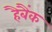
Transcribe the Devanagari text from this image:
हैबैंक